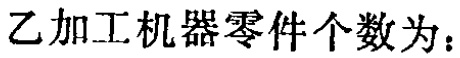
乙加工机器零件个数为：